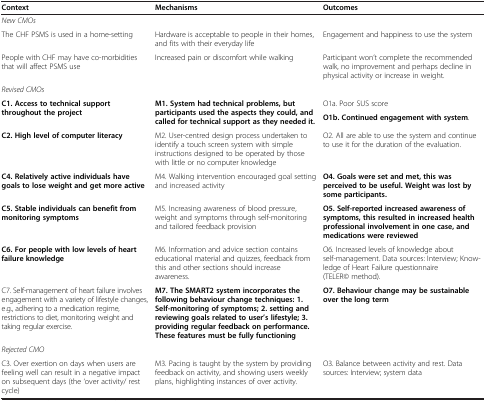
<table><thead><tr><td><b>Context</b></td><td><b>Mechanisms</b></td><td><b>Outcomes</b></td></tr></thead><tbody><tr><td colspan="3"><i>New CMOs</i></td></tr><tr><td>The CHF PSMS is used in a home-setting</td><td>Hardware is acceptable to people in their homes, and fits with their everyday life</td><td>Engagement and happiness to use the system</td></tr><tr><td>People with CHF may have co-morbidities that will affect PSMS use</td><td>Increased pain or discomfort while walking</td><td>Participant won’t complete the recommended walk, no improvement and perhaps decline in physical activity or increase in weight.</td></tr><tr><td colspan="3"><i>Revised CMOs</i></td></tr><tr><td rowspan="2"><b>C1. Access to technical support throughout the project</b></td><td rowspan="2"><b>M1. System had technical problems, but participants used the aspects they could, and called for technical support as they needed it.</b></td><td>O1a. Poor SUS score</td></tr><tr><td><b>O1b. Continued engagement with system</b>.</td></tr><tr><td><b>C2. High level of computer literacy</b></td><td>M2. User-centred design process undertaken to identify a touch screen system with simple instructions designed to be operated by those with little or no computer knowledge</td><td>O2. All are able to use the system and continue to use it for the duration of the evaluation.</td></tr><tr><td><b>C4. Relatively active individuals have goals to lose weight and get more active</b></td><td>M4. Walking intervention encouraged goal setting and increased activity</td><td><b>O4. Goals were set and met, this was perceived to be useful. Weight was lost by some participants.</b></td></tr><tr><td><b>C5. Stable individuals can benefit from monitoring symptoms</b></td><td>M5. Increasing awareness of blood pressure, weight and symptoms through self-monitoring and tailored feedback provision</td><td><b>O5. Self-reported increased awareness of symptoms, this resulted in increased health professional involvement in one case, and medications were reviewed</b></td></tr><tr><td><b>C6. For people with low levels of heart failure knowledge</b></td><td>M6. Information and advice section contains educational material and quizzes, feedback from this and other sections should increase awareness.</td><td>O6. Increased levels of knowledge about self-management. Data sources: Interview; Knowledge of Heart Failure questionnaire (TELER© method).</td></tr><tr><td>C7. Self-management of heart failure involves engagement with a variety of lifestyle changes, e.g., adhering to a medication regime, restrictions to diet, monitoring weight and taking regular exercise.</td><td><b>M7. The SMART2 system incorporates the following behaviour change techniques: 1. Self-monitoring of symptoms; 2. setting and reviewing goals related to user’s lifestyle; 3. providing regular feedback on performance. These features must be fully functioning</b></td><td><b>O7. Behaviour change may be sustainable over the long term</b></td></tr><tr><td colspan="3"><i>Rejected CMO</i></td></tr><tr><td>C3. Over exertion on days when users are feeling well can result in a negative impact on subsequent days (the ‘over activity/ rest cycle)</td><td>M3. Pacing is taught by the system by providing feedback on activity, and showing users weekly plans, highlighting instances of over activity.</td><td>O3. Balance between activity and rest. Data sources: Interview; system data</td></tr></tbody></table>